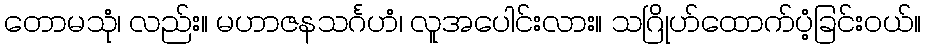
တောမသုံ၊ လည်း။ မဟာဇနသင်္ဂဟံ၊ လူအပေါင်းလား။ သဂြိုဟ်ထောက်ပံ့ခြင်းဝယ်။